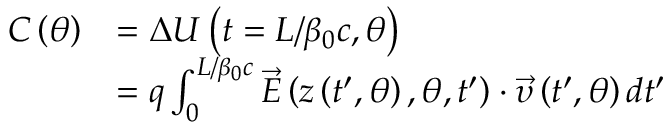
\begin{array} { r l } { C \left( \theta \right) } & { = \Delta U \left( t = L / \beta _ { 0 } c , \theta \right) } \\ & { = q \int _ { 0 } ^ { L / \beta _ { 0 } c } \vec { E } \left( z \left( { t } ^ { \prime } , \theta \right) , \theta , { t } ^ { \prime } \right) \cdot \vec { \upsilon } \left( { t } ^ { \prime } , \theta \right) d { t } ^ { \prime } } \end{array}